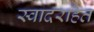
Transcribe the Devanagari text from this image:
स्वादरहित